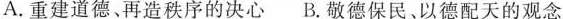
A.重建道德、再造秩序的决心B.敬德保民、以德配天的观念